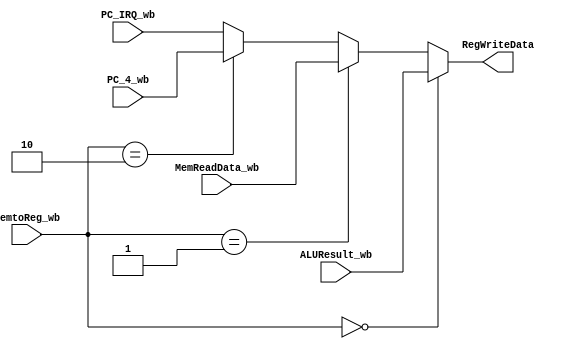
module WB_P(MemReadData_wb,ALUResult_wb,MemtoReg_wb,PC_4_wb,PC_IRQ_wb,RegWriteData);
input  [1:0]MemtoReg_wb;
input  [31:0]MemReadData_wb,ALUResult_wb,PC_4_wb,PC_IRQ_wb;
output [31:0]RegWriteData;
assign RegWriteData=(MemtoReg_wb==2'b00)?(ALUResult_wb):
  				(MemtoReg_wb==2'b01)?(MemReadData_wb):
  				(MemtoReg_wb==2'b10)?(PC_4_wb):PC_IRQ_wb;
endmodule